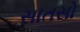
સાતસો